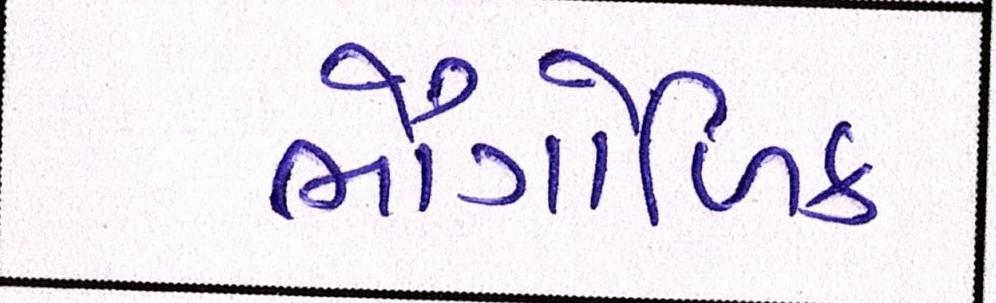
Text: ભૌગોળિક